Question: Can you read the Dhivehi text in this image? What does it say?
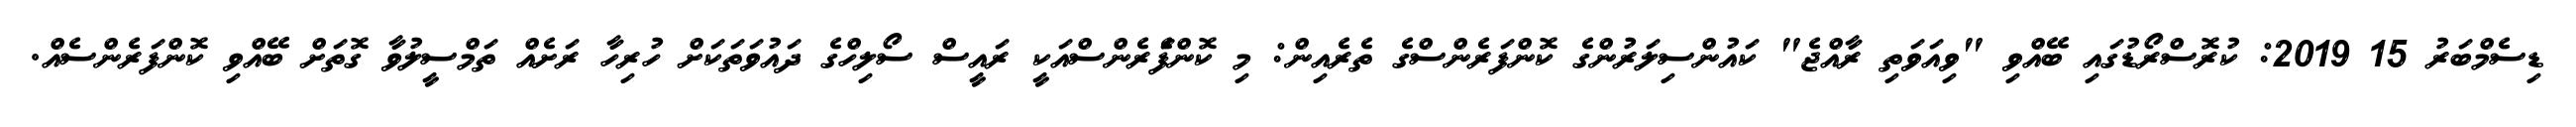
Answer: ޑިސެމްބަރު 15 2019: ކުރޮސްރޯޑުގައި ބޭއްވި "ވިއަވަތި ރާއްޖެ" ކައުންސިލަރުންގެ ކޮންފަރެންސްގެ ތެރެއިން: މި ކޮންފެަރެންސްއަކީ ރައީސް ސޯލިހްގެ ދައުވަތަކަށް ހުރިހާ ރަށެއް ތަމްސީލުވާ ގޮތަށް ބޭއްވި ކޮންފަރެންސެއް.